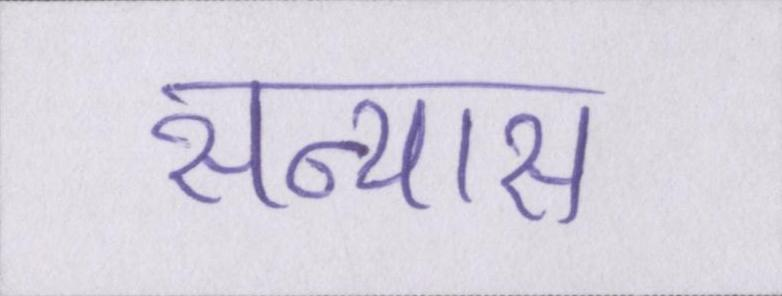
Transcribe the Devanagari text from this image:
सन्यास